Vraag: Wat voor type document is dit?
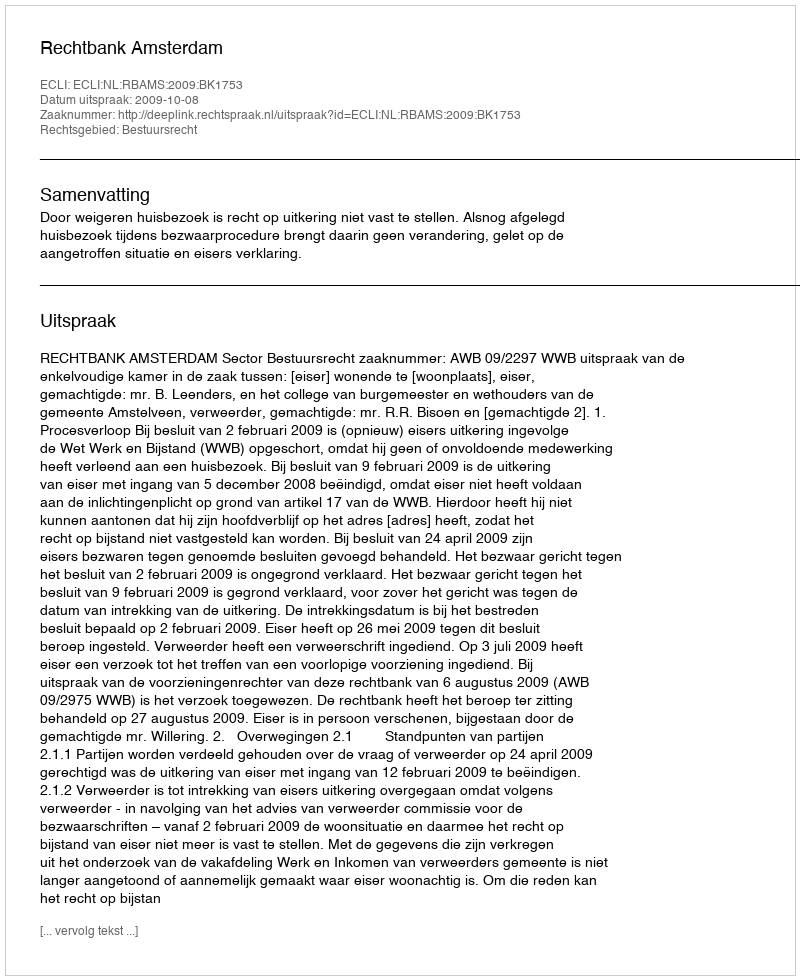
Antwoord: Uitspraak